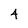
Character: 4